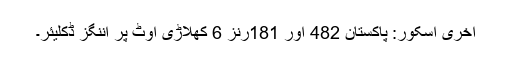
آخری اسکور: پاکستان 482 اور 181رنز 6 کھلاڑی آؤٹ پر اننگز ڈکلیئر۔